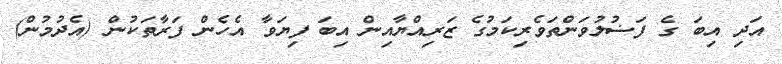
އަދި އިބަ ގެ ފަޟުލުވަންތަވެރިކަމުގެ ޒަރިއްޔާއިން އިބަ ފިޔަވާ އެހެން ފަރާތަކުން (އެދުމުން)